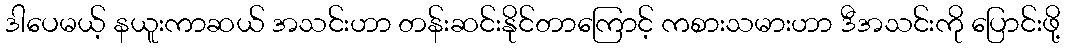
ဒါပေမယ့် နယူးကာဆယ် အသင်းဟာ တန်းဆင်းနိုင်တာကြောင့် ကစားသမားဟာ ဒီအသင်းကို ပြောင်းဖို့